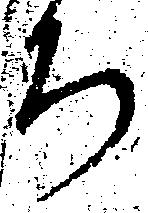
ち